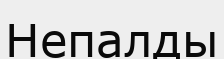
Непалды